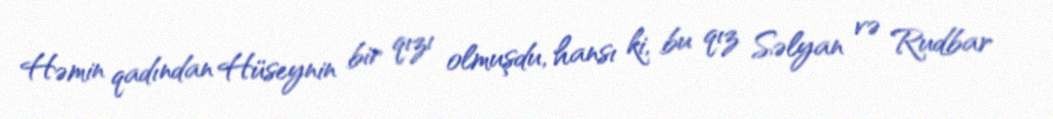
Həmin qadından Hüseynin bir qızı olmuşdu, hansı ki, bu qız Səlyan və Rudbar